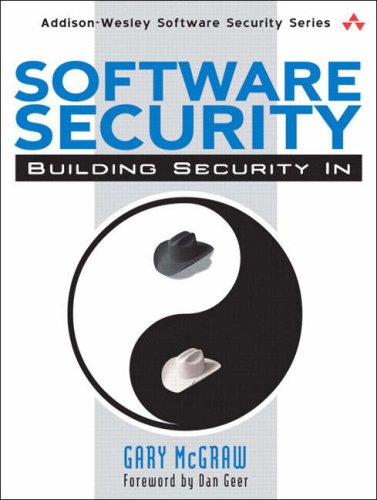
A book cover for Software Security: Building Security In; Gary McGraw; Computers & Technology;